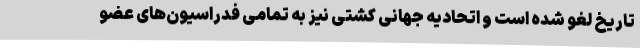
تاریخ لغو شده است و اتحادیه جهانی کشتی نیز به تمامی فدراسیون‌های عضو